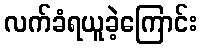
လက်ခံရယူခဲ့ကြောင်း